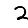
Digit: 2